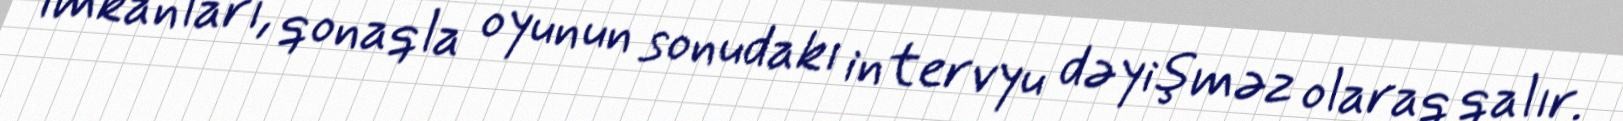
imkanları, qonaqla oyunun sonudakı intervyu dəyişməz olaraq qalır.